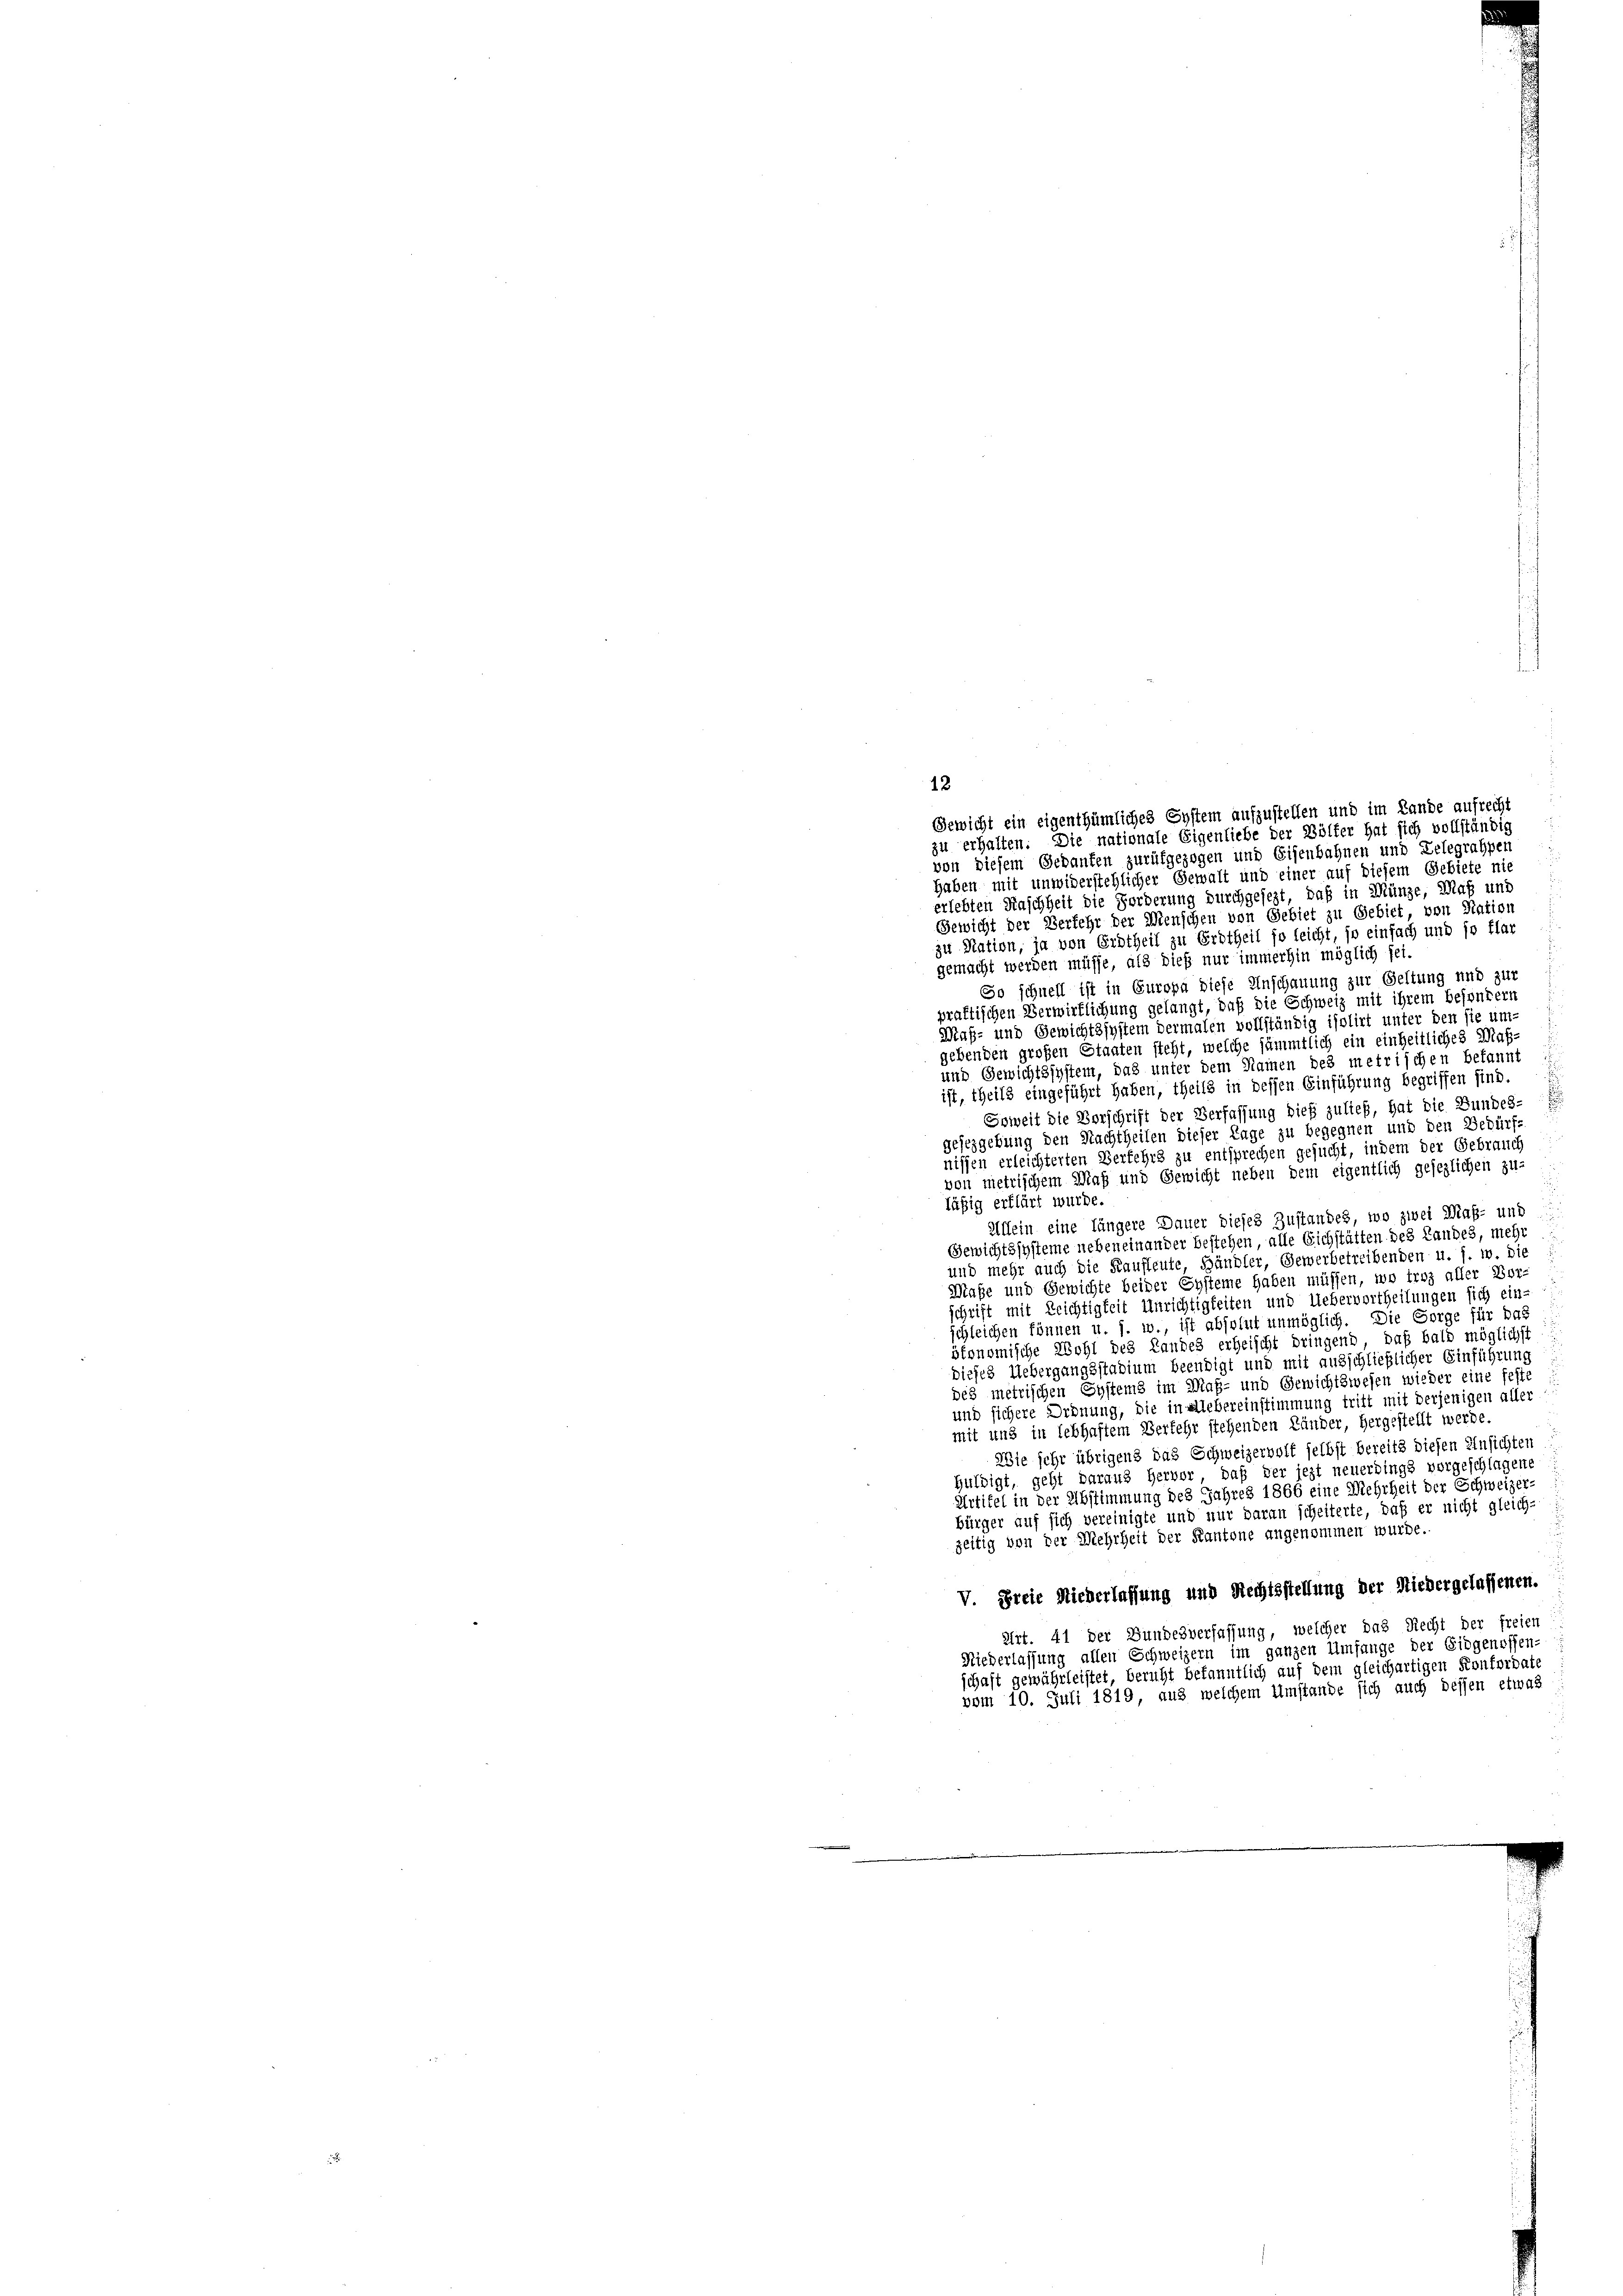
12
Gewicht ein eigenthümliches System aufzustellen und im Lande aufrecht
zu erhalten. Die nationale Eigenliebe der Bölfer hat sich vollständig
von diesem Gebauten zurükgezogen und Eisenbahnen und Lelegrappen
haben mit unwiderstehlicher Gewalt und einer auf diesem Gebiete nic
erlebten Maschheit die Forderung durchgesezt, daß in Münze, Maß und
Gewicht der Verfehr der Menschen von Gebiet zu Gebiet, von Nation
zu Nation, ja von Erdtheil zu Erdtheil so leicht, so einfach und so flar
gemacht werden müsse, als dieß nur immerhin möglich sei.
So schnell ist in Europa diese Anschauung zur Geltung und zur
praktischen Verwirflichung gelangt, daß die Schweiz mit ihrem besondern
Maß- und Gewichtssystem dermalen vollständig isolirt unter den sie um-
ebenden großen Staaten steht, welche sämmtlich ein einheitliches Maß¬
und Gewichtssystem, das unter dem Namen des metrischen bekannt
ist, theils eingeführt haben, theils in dessen Einführung begriffen sind.
Soweit die Vorschrift der Verfassung dieß zulief, hat die Bundes-
gesezgebung den Nachtheilen dieser Lage zu begegnen und den Bedürfe.
nissen erleichterten Verfehrs zu entsprechen gesucht, indem der Gebrauch
von metrischem Maß und Gewicht neben dem eigentlich gesezlichen zu-
läßig erklärt wurde.
Allein eine längere Dauer dieses Zustandes, wo zwei Maß- und
Gewichtssysteme nebeneinander bestehen, alle Eichstätten des Landes, mehr
und mehr auch die Kaufleute, Händler, Gewerbetreibenden u. s. w. die
Maße und Gewichte beider Systeme haben müssen, wo traz aller Vor-
schrift mit Reichtigkeit Unrichtigkeiten und Uebervortheilungen sich ein-
schleichen können u. s. w., ist absolut unmöglich. Die Sorge für das
ötonomische Wohl des Landes erheischt dringend, daß bald möglichst
dieses Uebergangsstadium beendigt und mit ausschließlicher Einführung
des metrischen Systems im Maß- und Gewichtswesen wieder eine feste
und sichere Ordnung, die in Liebereinstimmung tritt mit derjenigen aller
mit und in lebhaftem Verkehr stehenden Händer, hergestellt werde.
Wie sehr übrigens das Schweizervoll selbst bereits diesen Einsichten
Huldigt, geht daraus Hervor, daß der jezt neuerdings vorgeschlagene
Artikel in der Abstimmung des Jahres 1866 eine Mehrheit der Schweizer-
bürger auf sich vereinigte und nur daran scheiterte, daß er nicht gleich-
zeitig von der Mehrheit der Kantone angenommen wurde.
V. Freie Niederlassung und Rechtsstellung der Niedergelassenen.
Art. 41 der Bundesverfassung, welcher das Recht der freien
Niederlassung allen Schweizern im ganzen Umfange der Eidgenossen-
schaft gewährleistet, beruht bekanntlich auf dem gleichartigen Konfordate
vom 10. Juli 1819, aus welchem Umstände sich auch dessen etwas